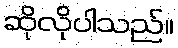
ဆိုလိုပါသည်။